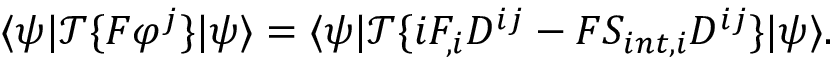
\langle \psi | { \mathcal { T } } \{ F \varphi ^ { j } \} | \psi \rangle = \langle \psi | { \mathcal { T } } \{ i F _ { , i } D ^ { i j } - F S _ { i n t , i } D ^ { i j } \} | \psi \rangle .